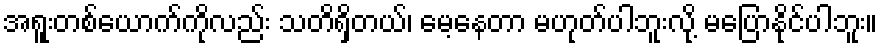
အရူးတစ်ယောက်ကိုလည်း သတိရှိတယ်၊ မေ့နေတာ မဟုတ်ပါဘူးလို့ မပြောနိုင်ပါဘူး။